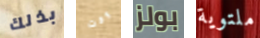
بذلك وقت بولز ملتوية